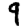
Digit: 9